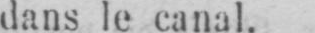
dans le canal.